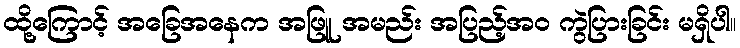
ထို့ကြောင့် အခြေအနေက အဖြူ အမည်း အပြည့်အဝ ကွဲပြားခြင်း မရှိပါ။